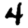
Digit: 4